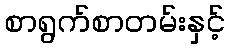
စာရွက်စာတမ်းနှင့်